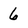
Character: 6